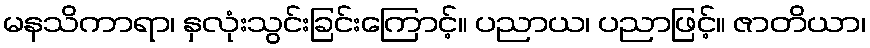
မနသိကာရာ၊ နှလုံးသွင်းခြင်းကြောင့်။ ပညာယ၊ ပညာဖြင့်။ ဇာတိယာ၊